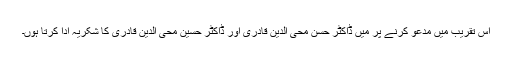
اس تقریب میں مدعو کرنے پر میں ڈاکٹر حسن محی الدین قادری اور ڈاکٹر حسین محی الدین قادری کا شکریہ ادا کرتا ہوں۔